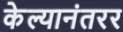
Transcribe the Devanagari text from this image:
केल्यानंतरर